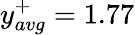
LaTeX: y_{avg}^{+}=1.77